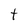
Character: t